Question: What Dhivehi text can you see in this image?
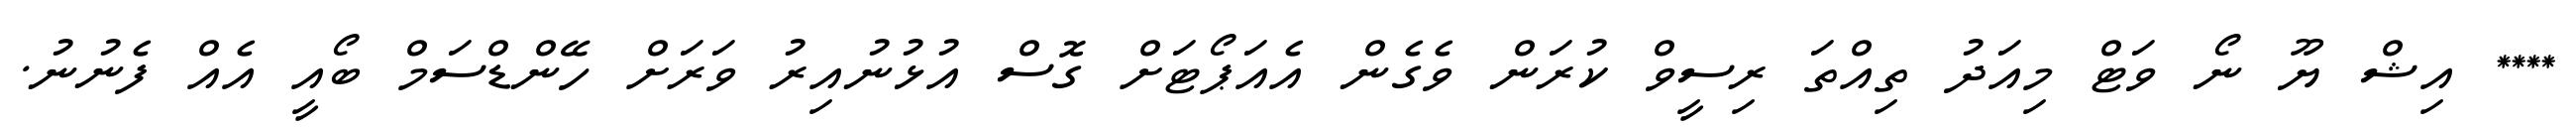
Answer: **** އިޝް ޔޫ ނޯ ވަޓް މިއަދު ތިއްތަ ރިސީވް ކުރަން ވެގެން އެއަޕޯޓަށް ގޮސް އުޅުނުއިރު ވަރަށް ހޭންޑްސަމް ބޯއީ އެއް ފެނުނު.